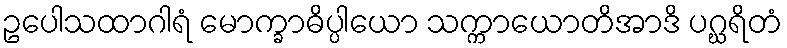
ဥပေါသထာဂါရံ မောက္ခာဓိပ္ပါယော သက္ကာယောတိအာဒိ ပဂ္ဃရိတံ